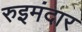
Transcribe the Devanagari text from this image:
रुइमंदार